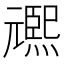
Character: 𭶌